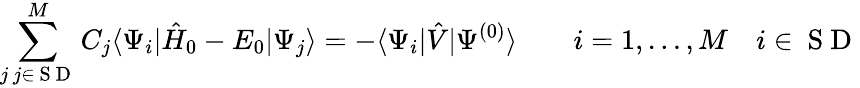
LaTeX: \sum_{\substack{j\, j\in\mathrm{~S~D~}}}^{M}C_{j}\langle\Psi_{i}|\hat{H}_{0}-E_{0}|\Psi_{j}\rangle=-\langle\Psi_{i}|\hat{V}|\Psi^{(0)}\rangle\qquad i=1,\ldots,M\quad i\in\mathrm{~S~D~}